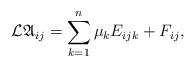
LaTeX: \begin{align*}\mathcal{L}\mathfrak{A}_{ij}=\sum^n_{k=1}\mu_kE_{ijk}+F_{ij},\end{align*}